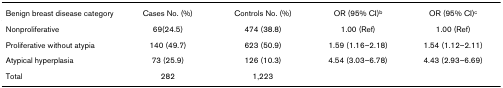
<table><thead><tr><td><b>Benign breast disease category</b></td><td><b>Cases No. (%)</b></td><td><b>Controls No. (%)</b></td><td><b>OR (95% CI)<sup>b</sup></b></td><td><b>OR (95% CI)<sup>c</sup></b></td></tr></thead><tbody><tr><td>Nonproliferative</td><td>69(24.5)</td><td>474 (38.8)</td><td>1.00 (Ref)</td><td>1.00 (Ref)</td></tr><tr><td>Proliferative without atypia</td><td>140 (49.7)</td><td>623 (50.9)</td><td>1.59 (1.16–2.18)</td><td>1.54 (1.12–2.11)</td></tr><tr><td>Atypical hyperplasia</td><td>73 (25.9)</td><td>126 (10.3)</td><td>4.54 (3.03–6.78)</td><td>4.43 (2.93–6.69)</td></tr><tr><td>Total</td><td>282</td><td>1,223</td><td></td><td></td></tr></tbody></table>